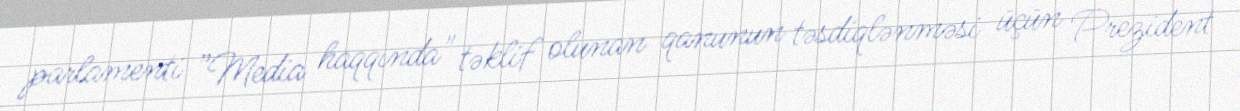
parlamenti ”Media haqqında" təklif olunan qanunun təsdiqlənməsi üçün Prezident